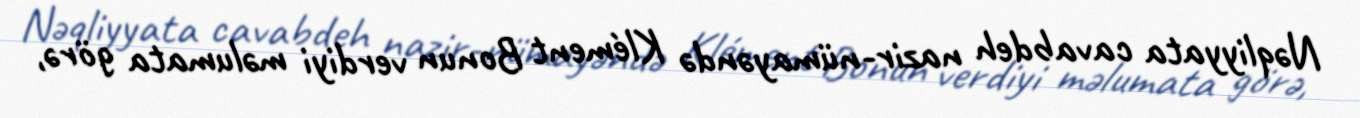
Nəqliyyata cavabdeh nazir-nümayəndə Klément Bonun verdiyi məlumata görə,